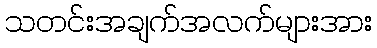
သတင်းအချက်အလက်များအား